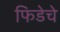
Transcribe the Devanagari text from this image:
फिडेचे